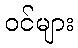
ဝင်များ